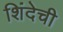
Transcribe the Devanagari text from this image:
शिंदेची